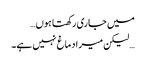
میں جاری رکھتا ہوں…
… لیکن میرا دماغ نہیں ہے۔